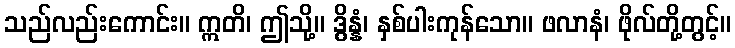
သည်လည်းကောင်း။ ဣတိ၊ ဤသို့။ ဒွိန္နံ၊ နှစ်ပါးကုန်သော။ ဖလာနံ၊ ဖိုလ်တို့တွင့်။